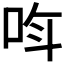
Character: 𫩰